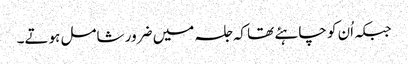
جبکہ اُن کو چاہئے تھا کہ جلسہ میں ضرور شامل ہوتے۔